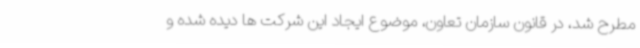
مطرح شد، در قانون سازمان تعاون، موضوع ایجاد این شرکت ها دیده شده و